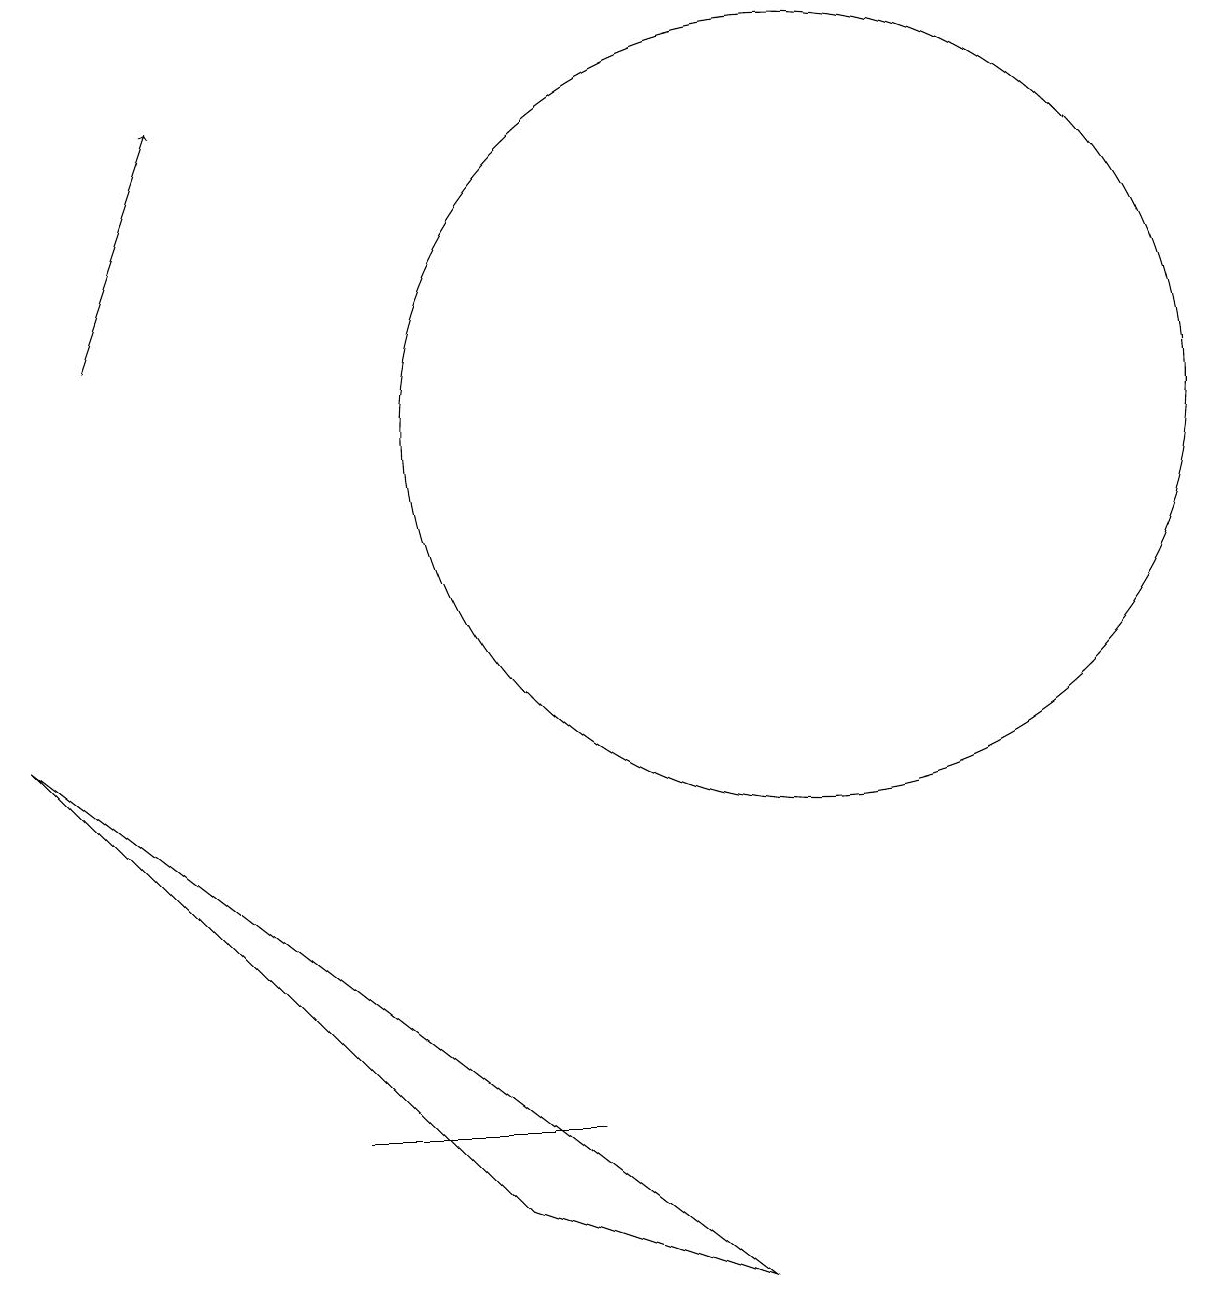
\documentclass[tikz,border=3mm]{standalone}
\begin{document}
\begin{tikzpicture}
\draw (10,11) circle (5);
\draw (0,7) -- (9,0) -- (6,1) -- cycle;
\draw (7,2) -- (4,2) -- (6,2) -- cycle;
\draw[->] (1,12) -- (2,15);
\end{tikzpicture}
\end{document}